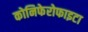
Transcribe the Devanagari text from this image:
कोनिफेरोफाइटा